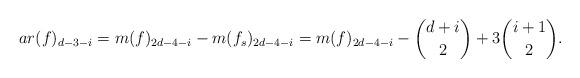
LaTeX: \begin{align*} ar(f)_{d-3-i}=m(f)_{2d-4-i}-m(f_s)_{2d-4-i}=m(f)_{2d-4-i}-{d+i \choose 2}+3{i+1 \choose 2}.\end{align*}